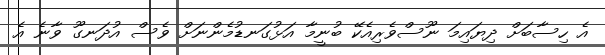
އެ ހިސާބަށް ދިޔައިމަ ނޫސްވެރިއެކޭ ބުނީމާ އަޅުގަނޑުމެންނަށް ވެސް އުދަނގޫ ވާނެ އެ